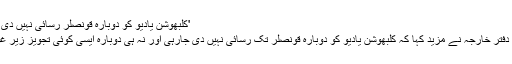
'کلبھوشن یادیو کو دوبارہ قونصلر رسائی نہیں دی جارہی'
ترجمان دفتر خارجہ نے مزید کہا کہ کلبھوشن یادیو کو دوبارہ قونصلر تک رسائی نہیں دی جارہی اور نہ ہی دوبارہ ایسی کوئی تجویز زیر غور ہے۔